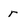
Character: r